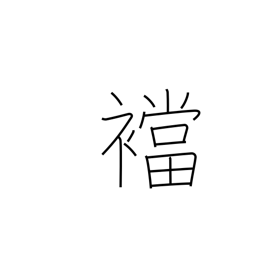
Meaning: gusset